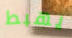
يهبط